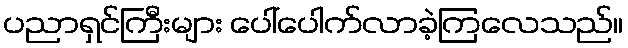
ပညာရှင်ကြီးများ ပေါ်ပေါက်လာခဲ့ကြလေသည်။